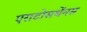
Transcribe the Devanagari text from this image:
एराटोसथेंनस